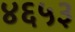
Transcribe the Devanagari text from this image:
४६५३